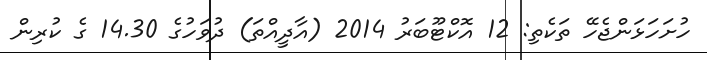
ހުށަހަޅަންޖެހޭ ތަކެތި: 12 އޮކްޓޫބަރު 2014 (އާދީއްތަ) ދުވަހުގެ 14.30 ގެ ކުރިން